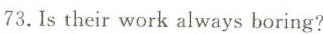
73.Is their work always boring?